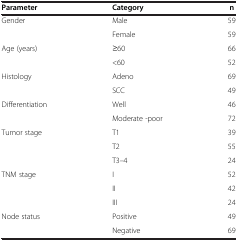
<table><thead><tr><td><b>Parameter</b></td><td><b>Category</b></td><td><b>n</b></td></tr></thead><tbody><tr><td rowspan="2">Gender</td><td>Male</td><td>59</td></tr><tr><td>Female</td><td>59</td></tr><tr><td rowspan="2">Age (years)</td><td>≥60</td><td>66</td></tr><tr><td>&lt;60</td><td>52</td></tr><tr><td rowspan="2">Histology</td><td>Adeno</td><td>69</td></tr><tr><td>SCC</td><td>49</td></tr><tr><td rowspan="2">Differentiation</td><td>Well</td><td>46</td></tr><tr><td>Moderate -poor</td><td>72</td></tr><tr><td rowspan="3">Tumor stage</td><td>T1</td><td>39</td></tr><tr><td>T2</td><td>55</td></tr><tr><td>T3–4</td><td>24</td></tr><tr><td rowspan="3">TNM stage</td><td>I</td><td>52</td></tr><tr><td>II</td><td>42</td></tr><tr><td>III</td><td>24</td></tr><tr><td rowspan="2">Node status</td><td>Positive</td><td>49</td></tr><tr><td>Negative</td><td>69</td></tr></tbody></table>